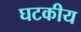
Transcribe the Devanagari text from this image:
घटकीय